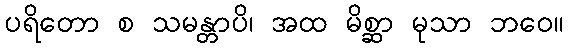
ပရိတော စ သမန္တာပိ၊ အထ မိစ္ဆာ မုသာ ဘဝေ။